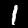
Digit: 1